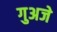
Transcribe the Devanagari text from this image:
गुअजे